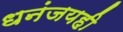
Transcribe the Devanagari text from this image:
धनंजयही